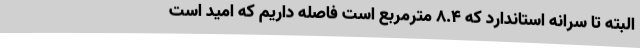
البته تا سرانه استاندارد که 8.4 مترمربع است فاصله داریم که امید است